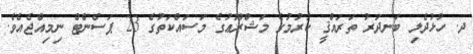
ދ. ހުޅުދެލި ބަނދަރު ތަރައްޤީ ކުރުމުގެ މަޝްރޫޢުގެ މަސައްކަތުގެ 23 ޕަސެންޓް ނިމިއްޖެއެވެ.